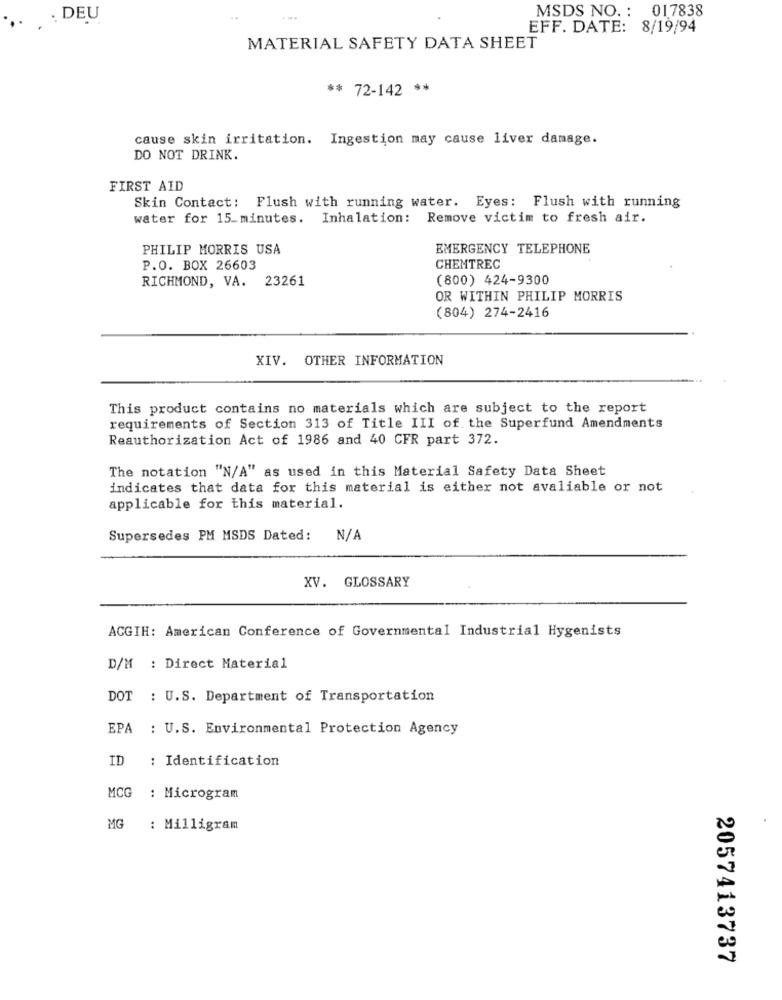
MSDS NO. : 017838
: DEU
EFF. DATE: 8/19/94
MATERIAL SAFETY DATA SHEET
** 72-142 **
cause skin irritation. Ingestion may cause liver damage.
DO NOT DRINK.
FIRST AID
Skin Contact: Flush with running water. Eyes: Flush with running
water for 15 minutes. Inhalation:
Remove victim to fresh air.
PHILIP MORRIS USA
EMERGENCY TELEPHONE
P.O. BOX 26603
CHEMTREC
RICHMOND, VA.
23261
(800) 424-9300
OR WITHIN PHILIP MORRIS
(804) 274-2416
XIV. OTHER INFORMATION
This product contains no materials which are subject to the report
requirements of Section 313 of Title III of the Superfund Amendments
Reauthorization Act of 1986 and 40 CFR part 372.
The notation "N/A" as used in this Material Safety Data Sheet
indicates that data for this material is either not avaliable or not
applicable for this material.
Supersedes PM MSDS Dated:
XV. GLOSSARY
ACGIH: American Conference of Governmental Industrial Hygenists
D/M : Direct Material
DOT : U.S. Department of Transportation
EPA : U.S. Environmental Protection Agency
ID
: Identification
MCG
: Microgram
MG
: Milligram
2057413737